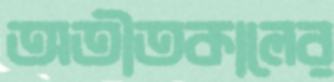
অতীতকালের